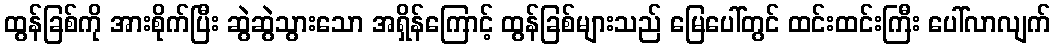
ထွန်ခြစ်ကို အားစိုက်ပြီး ဆွဲဆွဲသွားသော အရှိန်ကြောင့် ထွန်ခြစ်များသည် မြေပေါ်တွင် ထင်းထင်းကြီး ပေါ်လာလျက်